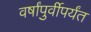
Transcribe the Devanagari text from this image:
वर्षांपुर्वीपर्यंत